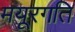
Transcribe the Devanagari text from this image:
मयूरगति